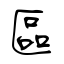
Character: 區